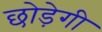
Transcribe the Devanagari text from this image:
छोड़ेगी